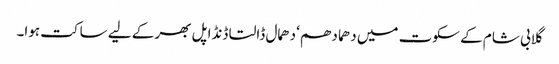
گلابی شام کے سکوت میں دھما دھم‘ دھمال ڈالتا ڈنڈا پل بھر کے لیے ساکت ہوا۔